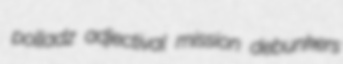
polladz adjectival mission debunkers